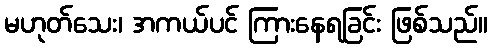
မဟုတ်သေး၊ အကယ်ပင် ကြားနေရခြင်း ဖြစ်သည်။